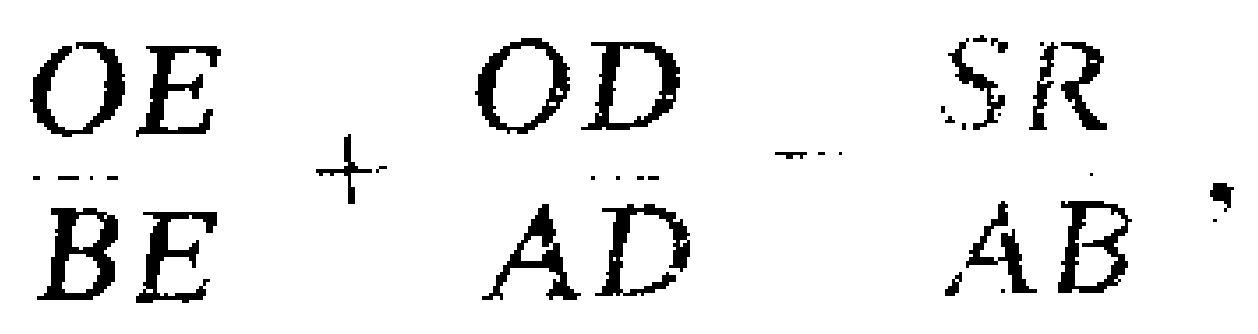
\(\frac{OE}{BE}+\frac{OD}{AD}=\frac{SR}{AB}\)